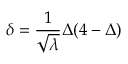
\delta = \frac { 1 } { \sqrt { \lambda } } \Delta ( 4 - \Delta )